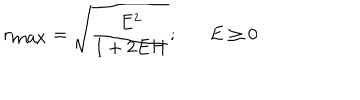
LaTeX: r _ { \mathrm { m a x } } = \sqrt { \frac { E ^ { 2 } } { 1 + 2 E H } } ; E \geq 0